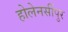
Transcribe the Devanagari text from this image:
होलेनर्सीपुर